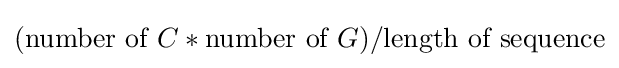
({\text{number of }}C*{\text{number of }}G)/{\text{length of sequence}}